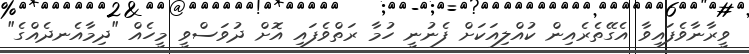
ވީރާނާވެފައިވާ އެގޭތެރެއިން ކުއްލިއަކަށް ފެނުނީ ހުމާ ރަތްވެފައި އޮށް ދުވަސްވީ މީހެއް "ދިމާއެނދެއްގެ"